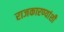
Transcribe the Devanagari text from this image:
राजकारण्यांशी